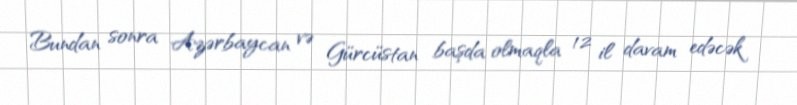
Bundan sonra Azərbaycan və Gürcüstan başda olmaqla 12 il davam edəcək